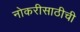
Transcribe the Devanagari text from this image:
नोकरीसाठीची